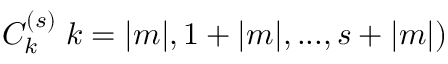
C _ { k } ^ { ( s ) } \; k = | m | , 1 + | m | , . . . , s + | m | )